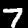
Digit: 7